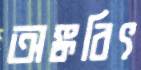
অঙ্কবিৎ